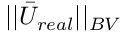
| | \bar { U } _ { r e a l } | | _ { B V }